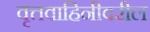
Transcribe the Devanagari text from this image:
वृत्तवाहिनीवरील